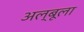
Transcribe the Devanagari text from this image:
अल्बूला